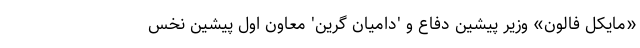
«مایکل فالون» وزیر پیشین دفاع و 'دامیان گرین' معاون اول پیشین نخس